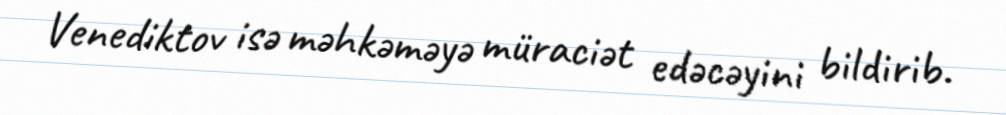
Venediktov isə məhkəməyə müraciət edəcəyini bildirib.